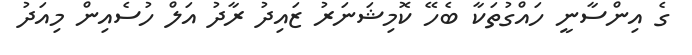
ގެ އިންސާނީ ހައްގުތަކާ ބެހޭ ކޮމިޝަނަރު ޒައިދު ރާދު އަލް ހުސެއިން މިއަދު